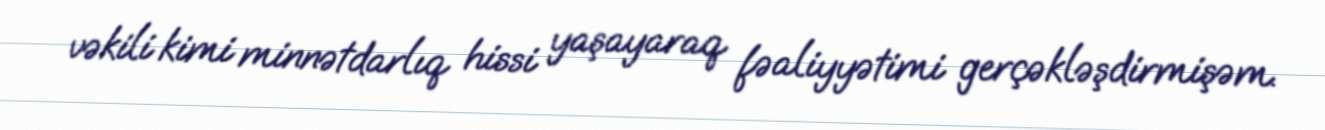
vəkili kimi minnətdarlıq hissi yaşayaraq fəaliyyətimi gerçəkləşdirmişəm.